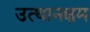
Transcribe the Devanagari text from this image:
उत्थानक्षम